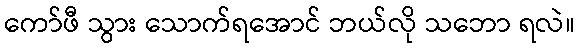
ကော်ဖီ သွား သောက်ရအောင် ဘယ်လို သဘော ရလဲ။